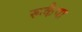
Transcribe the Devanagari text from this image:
रूकैया